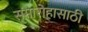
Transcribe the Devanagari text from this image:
समारोहासाठी